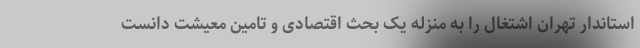
استاندار تهران اشتغال را به منزله یک بحث اقتصادی و تامین معیشت دانست